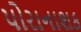
પોરાનાશક